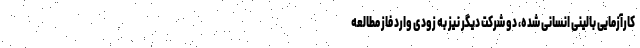
کارآزمایی بالینی انسانی شده، دو شرکت دیگر نیز به زودی وارد فاز مطالعه